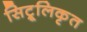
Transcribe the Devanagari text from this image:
सिट्रूलिकृत